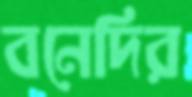
বনেদির